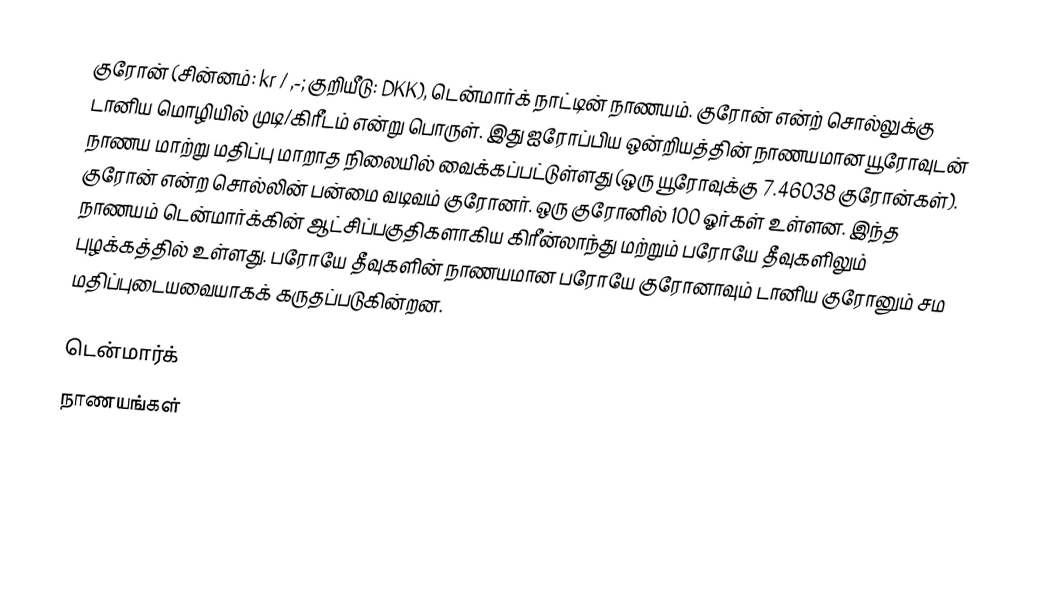
குரோன் (சின்னம்: kr / ,-; குறியீடு: DKK), டென்மார்க் நாட்டின் நாணயம்.  குரோன் என்ற் சொல்லுக்கு டானிய மொழியில் முடி/கிரீடம் என்று பொருள். இது ஐரோப்பிய ஒன்றியத்தின் நாணயமான யூரோவுடன் நாணய மாற்று மதிப்பு மாறாத நிலையில் வைக்கப்பட்டுள்ளது (ஒரு யூரோவுக்கு 7.46038 குரோன்கள்). குரோன் என்ற சொல்லின் பன்மை வடிவம் குரோனர். ஒரு குரோனில் 100 ஓர்கள் உள்ளன. இந்த நாணயம் டென்மார்க்கின் ஆட்சிப்பகுதிகளாகிய கிரீன்லாந்து மற்றும் பரோயே தீவுகளிலும் புழக்கத்தில் உள்ளது. பரோயே தீவுகளின் நாணயமான பரோயே குரோனாவும் டானிய குரோனும் சம மதிப்புடையவையாகக் கருதப்படுகின்றன.

டென்மார்க்
நாணயங்கள்